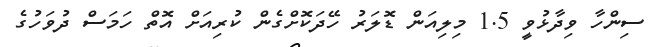
ސިންހާ ވިދާޅުވީ 1.5 މިލިއަން ޑޮލަރު ހޭދަކޮށްގެން ކުރިއަށް އޮތް ހަމަސް ދުވަހުގެ